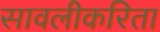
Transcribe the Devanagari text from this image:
सावलीकरिता